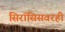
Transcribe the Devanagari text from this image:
सिरॉसिसवरही